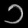
Digit: ၁